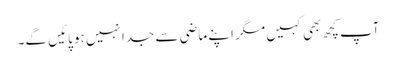
آپ کچھ بھی کہیں مگر اپنے ماضی سے جدا نہیں ہو پائیں گے۔